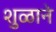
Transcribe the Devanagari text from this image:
शुळाने